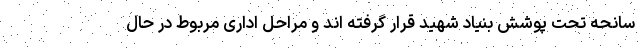
سانحه تحت پوشش بنیاد شهید قرار گرفته اند و مراحل اداری مربوط در حال